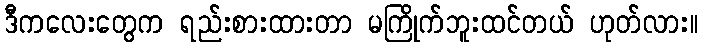
ဒီကလေးတွေက ရည်းစားထားတာ မကြိုက်ဘူးထင်တယ် ဟုတ်လား။